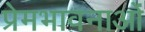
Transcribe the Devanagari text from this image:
प्रेमभावनाओं